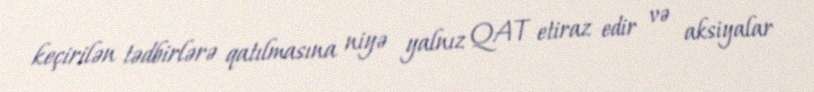
keçirilən tədbirlərə qatılmasına niyə yalnız QAT etiraz edir və aksiyalar